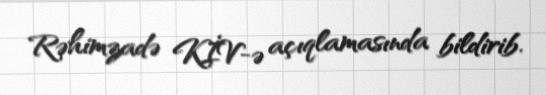
Rəhimzadə KİV-ə açıqlamasında bildirib.